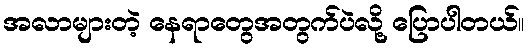
အလာများတဲ့ နေရာတွေအတွက်ပဲလို့ ပြောပါတယ်။